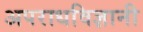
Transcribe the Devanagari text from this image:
अपराधविज्ञानी